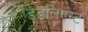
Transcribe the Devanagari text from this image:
डेडलिएस्ट